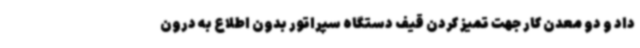
داد و دو معدن کار جهت تمیز کردن قیف دستگاه سپراتور بدون اطلاع به درون